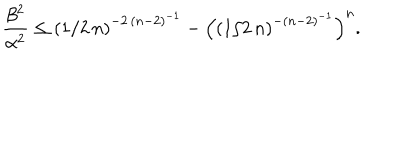
\frac { \beta ^ { 2 } } { \alpha ^ { 2 } } \le \left( 1 / 2 \, n \right) ^ { - 2 \, \left( n - 2 \right) ^ { - 1 } } - \left( \left( 1 / 2 \, n \right) ^ { - \left( n - 2 \right) ^ { - 1 } } \right) ^ { n } .